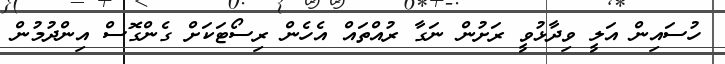
ހުސައިން އަލީ ވިދާޅުވީ ރަށުން ނަގާ ރުއްތައް އެހެން ރިސޯޓަކަށް ގެންގޮސް އިންދުމުން